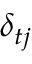
\delta _ { t j }